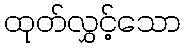
ထုတ်လွှင့်သော